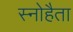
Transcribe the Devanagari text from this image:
स्नोहैता